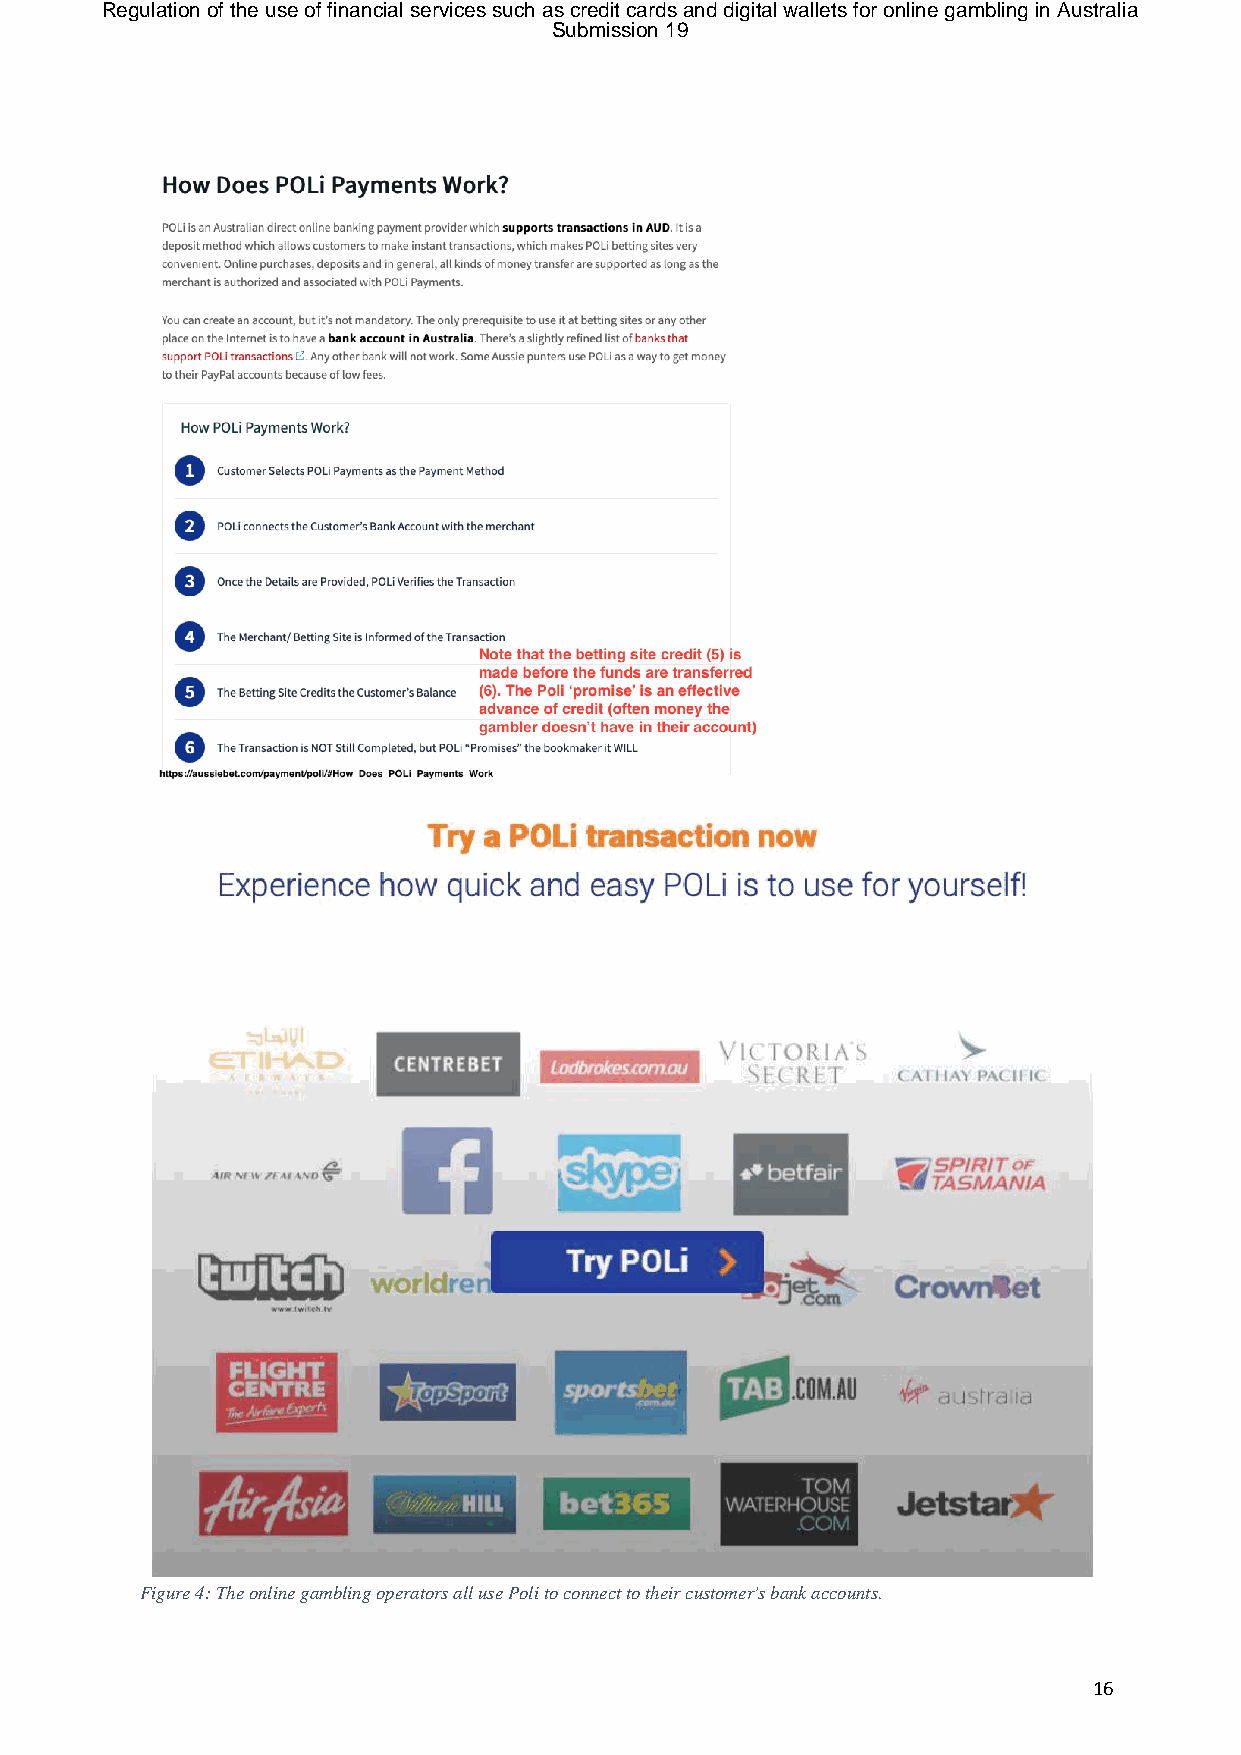
Regulation of the use of financial services such as credit cards and digital wallets for online gambling in Australia
 Submission 19
 Figure 4: The online gambling operators all use Poli to connect to their customer's bank accounts.
 16